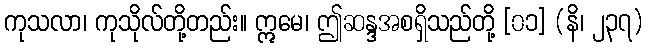
ကုသလာ၊ ကုသိုလ်တို့တည်း။ ဣမေ၊ ဤဆန္ဒအစရှိသည်တို့ [၀၁] (နိ၊ ၂၃၇)